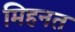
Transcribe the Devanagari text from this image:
मिहनत